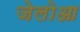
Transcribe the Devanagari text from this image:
जेलोआ